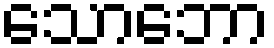
သောဘော